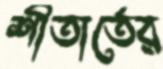
শীতার্তের